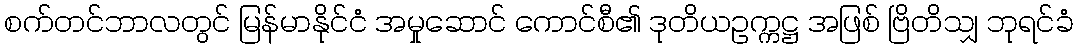
စက်တင်ဘာလတွင် မြန်မာနိုင်ငံ အမှုဆောင် ကောင်စီ၏ ဒုတိယဥက္ကဋ္ဌ အဖြစ် ဗြိတိသျှ ဘုရင်ခံ